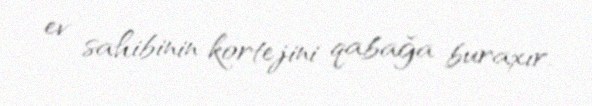
ev sahibinin kortejini qabağa buraxır.